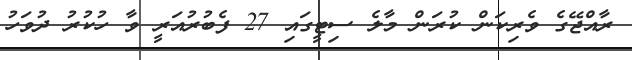
ރާއްޖޭގެ ވެރިކަން ކުރަން މާލެ ސިޓީގައި 27 ފެބުރުއަރީ ވާ ހުކުރު ދުވަހު